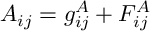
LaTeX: { \cal A } _ { i j } = g _ { i j } ^ { A } + { \cal F } _ { i j } ^ { A }